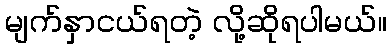
မျက်နှာငယ်ရတဲ့ လို့ဆိုရပါမယ်။